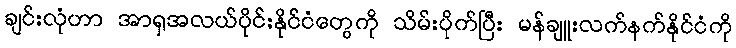
ချင်းလုံဟာ အာရှအလယ်ပိုင်းနိုင်ငံတွေကို သိမ်းပိုက်ပြီး မန်ချူးလက်နက်နိုင်ငံကို